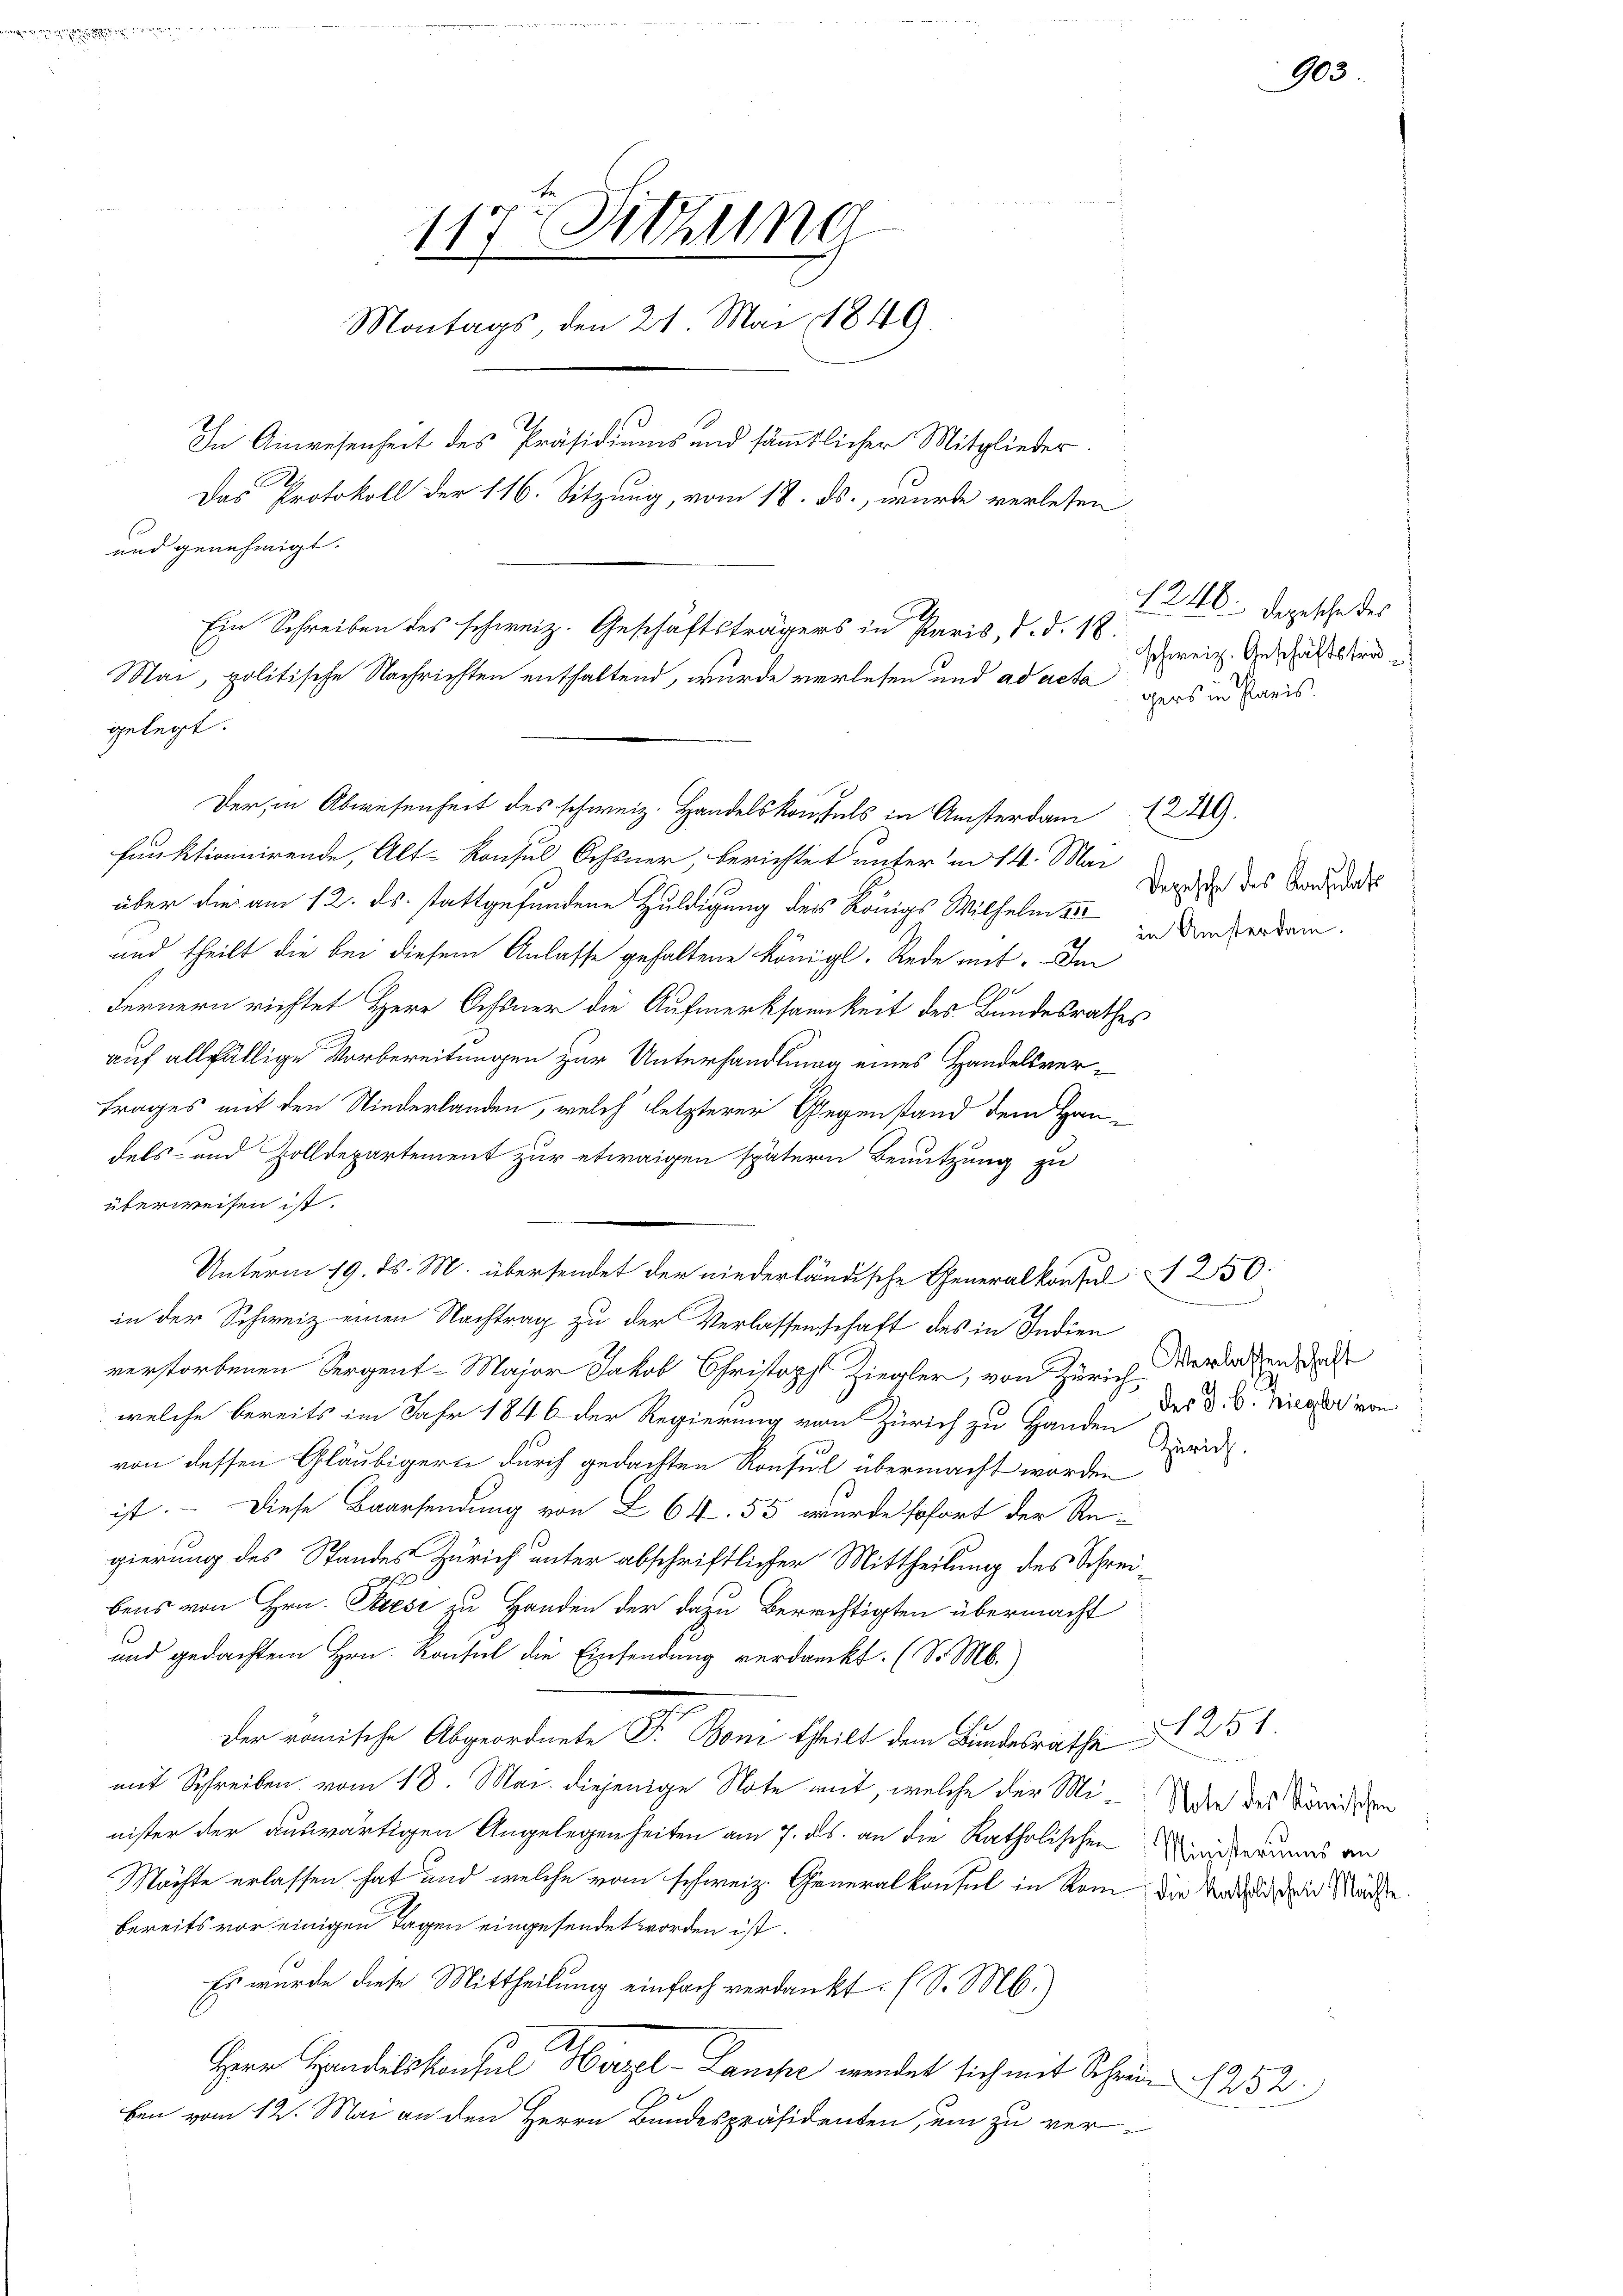
funktionnirende, Alt-Konsul Ochsner, berichtet unter in 14. Mai
über die am 12. ds. stattgefundene Huldigung des Königs Wilhelm 35
und theilt die bei diesem Anlasse gehaltene Königl. Rede mit. Im
6
Fernern richtet Herr Ochsner die Aufmerksamkeit des Bundesrathes
auf allfällige Vorbereitungen zur Unterhandlung eines Handelsvertrages mit den Niederlanden, welch’ letzterer Gegenstand dem Handels- und Zolldepartement zur etwaigen spätern Benutzung zu
überweisen ist.
Unterm 19. ds. M. übersendet der niederländische Generalkonsul a 250.
in der Schweiz einen Nachtrag zu der Verlassenschaft des in Indien
verstorbenen Sergent-Major Jakob Christoph Ziegler, von Zürich Verdachen, daß
welche bereits im Jahr 1846 der Regierung von Zürich zu Handen
von dessen Gläubigern durch gedachten Konsul übermacht worden
ist. – Diese Baarsendung von Z 64. 55 wurde sofort der Re-
gierung des Standes Zürich unter abschriftlicher Mittheilung des Schrei¬
0 f 12 x
bens von Hrn. Pesi zu Handen der dazu berechtigten übermacht
und gedachtem Hrn. Konsul die Einsendung verdankt. (S. M.
Der römische Abgeordnete F. Bon theilt dem Bundesrathe
mit Schreiben vom 18. Mai. diejenige Note mit, welche der Mi¬Ader des Nomidischen
nister der auswärtigen Angelegenheiten am 7. ds. an die Katholischen Kinderannas an
Möchte erlassen hat und welche vom schweiz. Generalkonsul in kam, die Stadt und den Mächte.
bereits vor einigen Tagen eingesendet worden ist.
Es wurde diese Mittheilung einfach verdankt. (S. M.)
Herr Handelskonsul Hirzel-Lanike wendet sich mit Schwie 1252.
ben vom 12. Mai an den Herrn Bundespräsidenten, um zu ver-

und genehmigt.
Ein Schreiben des schweiz. Geschäftsträgers in Paris, d. d. 12.
Mai, politische Nachrichten enthaltend, wurde verlesen und ad acta
gelegt.

117. Sitzung
Montags, den 21. Mai 1849.
In Anwesenheit des Präsidiums und sämmtlicher Mitglieder.
Das Protokoll der 116. Sitzung, vom 18. ds., wurde verlesen

Der, in Abwesenheit des schweiz. Handelskonstals in Amsterdam  1249.

1246. Depesche des
schweiz. Geschäftstra
gers in Paris.

Depesche des Konsulats
in Ansterdam.

der J. b. Krieger von
Zürich.

1251.

905